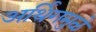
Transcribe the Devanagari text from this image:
अर्थिंगमुळे